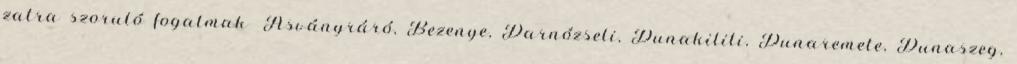
zatra szoruló fogalmak ▪Ásványráró, Bezenye, Darnózseli, Dunakiliti, Dunaremete, Dunaszeg,